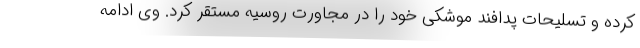
کرده و تسلیحات پدافند موشکی خود را در مجاورت روسیه مستقر کرد. وی ادامه